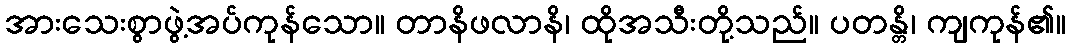
အားသေးစွာဖွဲ့အပ်ကုန်သော။ တာနိဖလာနိ၊ ထိုအသီးတို့သည်။ ပတန္တိ၊ ကျကုန်၏။